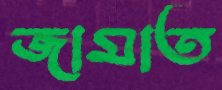
জামাত